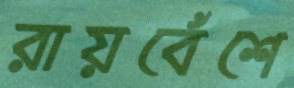
রায়বেঁশে